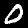
Label: 0